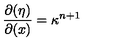
\frac { \partial ( \eta ) } { \partial ( x ) } = \kappa ^ { n + 1 }